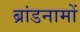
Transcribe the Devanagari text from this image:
ब्रांडनामों